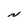
Character: N